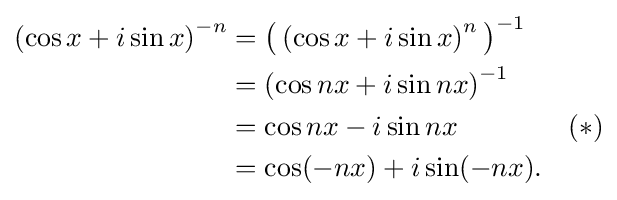
{\begin{aligned}\left(\cos x+i\sin x\right)^{-n}&={\big (}\left(\cos x+i\sin x\right)^{n}{\big )}^{-1}\\&=\left(\cos nx+i\sin nx\right)^{-1}\\&=\cos nx-i\sin nx\qquad \qquad (*)\\&=\cos(-nx)+i\sin(-nx).\\\end{aligned}}